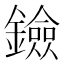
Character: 鐱